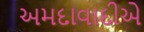
અમદાવાદીએ